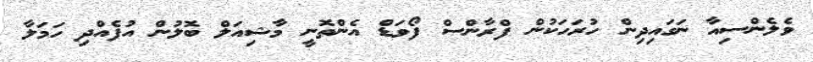
ވެލެންސިއާ ނަގައިދިން ހުރަހަކުން ފްރާންސް ފޯވަޑް އެންތޮނީ މާޝިއަލް ބޮލުން އުފެއްދި ހަމަލާ